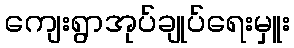
ကျေးရွာအုပ်ချုပ်ရေးမှူး